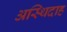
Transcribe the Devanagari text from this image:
अस्थिदाह